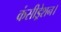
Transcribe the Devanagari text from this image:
कंसीड्रेशन।